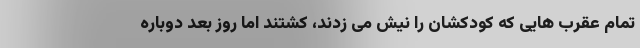
تمام عقرب هایی که کودکشان را نیش می زدند، کشتند اما روز بعد دوباره